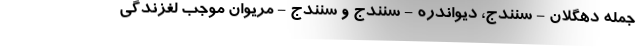
جمله دهگلان - سنندج، دیواندره - سنندج و سنندج - مریوان موجب لغزندگی